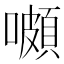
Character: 𡂄